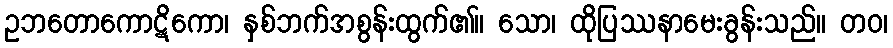
ဥဘတောကောဋိကော၊ နှစ်ဘက်အစွန်းထွက်၏။ သော၊ ထိုပြဿနာမေးခွန်းသည်။ တဝ၊